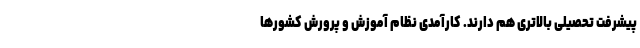
پیشرفت تحصیلی بالاتری هم دارند. کارآمدی نظام آموزش و پرورش کشورها